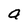
Character: a